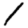
Digit: 1